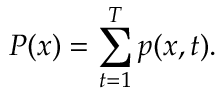
P ( x ) = \sum _ { t = 1 } ^ { T } p ( x , t ) .